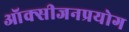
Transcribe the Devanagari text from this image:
ऑक्सीजनप्रयोग